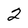
Character: 2